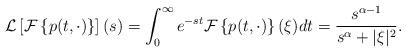
LaTeX: \begin{align*}\mathcal{L}\left[\mathcal{F}\left\{p(t,\cdot)\right\}\right](s)=\int_{0}^{\infty}e^{-st}\mathcal{F}\left\{p(t,\cdot)\right\}(\xi)dt=\frac{s^{\alpha-1}}{s^{\alpha}+|\xi|^{2}}.\end{align*}